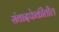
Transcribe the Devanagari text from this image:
संवादफेकीतील